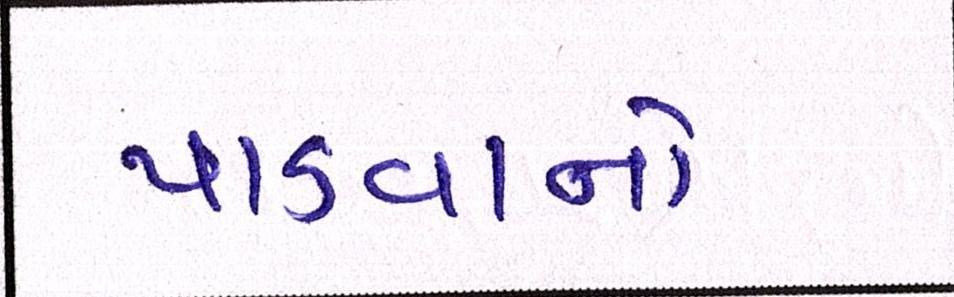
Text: પાડવાનો